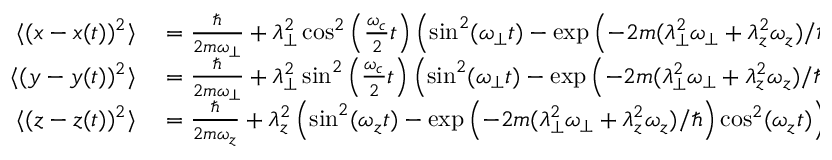
\begin{array} { r l } { \langle ( x - x ( t ) ) ^ { 2 } \rangle } & { { } = \frac { \hbar } { 2 m \omega _ { \perp } } + \lambda _ { \perp } ^ { 2 } \cos ^ { 2 } \left( \frac { \omega _ { c } } { 2 } t \right) \left( \sin ^ { 2 } ( \omega _ { \perp } t ) - \exp \left( - 2 m ( \lambda _ { \perp } ^ { 2 } \omega _ { \perp } + \lambda _ { z } ^ { 2 } \omega _ { z } ) / \hbar \right) \cos ^ { 2 } ( \omega _ { \perp } t ) \right) , } \\ { \langle ( y - y ( t ) ) ^ { 2 } \rangle } & { { } = \frac { \hbar } { 2 m \omega _ { \perp } } + \lambda _ { \perp } ^ { 2 } \sin ^ { 2 } \left( \frac { \omega _ { c } } { 2 } t \right) \left( \sin ^ { 2 } ( \omega _ { \perp } t ) - \exp \left( - 2 m ( \lambda _ { \perp } ^ { 2 } \omega _ { \perp } + \lambda _ { z } ^ { 2 } \omega _ { z } ) / \hbar \right) \cos ^ { 2 } ( \omega _ { \perp } t ) \right) , } \\ { \langle ( z - z ( t ) ) ^ { 2 } \rangle } & { { } = \frac { \hbar } { 2 m \omega _ { z } } + \lambda _ { z } ^ { 2 } \left( \sin ^ { 2 } ( \omega _ { z } t ) - \exp \left( - 2 m ( \lambda _ { \perp } ^ { 2 } \omega _ { \perp } + \lambda _ { z } ^ { 2 } \omega _ { z } ) / \hbar \right) \cos ^ { 2 } ( \omega _ { z } t ) \right) . } \end{array}